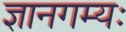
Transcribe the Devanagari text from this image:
ज्ञानगम्यः